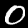
Digit: 0